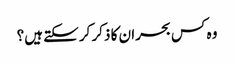
وہ کس بحران کا ذکر کرسکتے ہیں؟